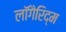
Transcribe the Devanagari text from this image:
लॉगैरिद्म